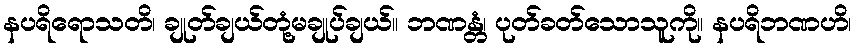
နပရိရောသတိ၊ ချုတ်ချယ်တုံ့မချုပ်ချယ်။ ဘဏန္တံ၊ ပုတ်ခတ်သောသူကို။ နပရိဘဏဟိ၊